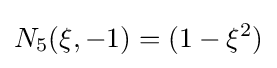
N_{5}(\xi ,-1)=(1-\xi ^{2})